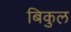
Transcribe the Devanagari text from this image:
बिकुल